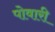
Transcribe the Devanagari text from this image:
पोवारी